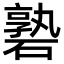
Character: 䃞